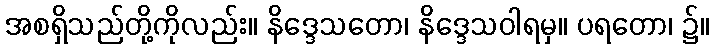
အစရှိသည်တို့ကိုလည်း။ နိဒ္ဒေသတော၊ နိဒ္ဒေသဝါရမှ။ ပရတော၊ ၌။